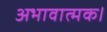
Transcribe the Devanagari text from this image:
अभावात्मक।